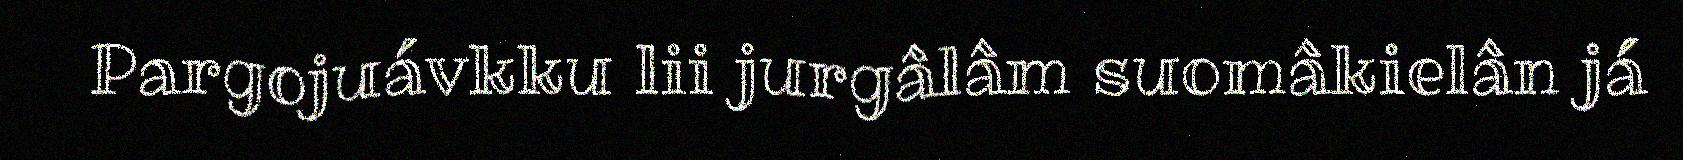
Pargojuávkku lii jurgâlâm suomâkielân já